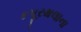
કપૂરથલાના